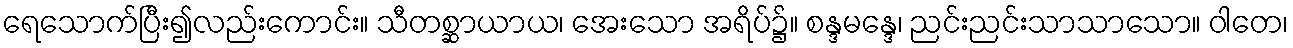
ရေသောက်ပြီး၍လည်းကောင်း။ သီတစ္ဆာယာယ၊ အေးသော အရိပ်၌။ စန္ဒမန္ဒေ၊ ညင်းညင်းသာသာသော။ ဝါတေ၊